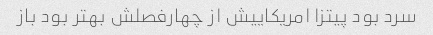
سرد بود پیتزا امریکاییش از چهارفصلش بهتر بود باز